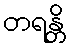
တရန္တိ